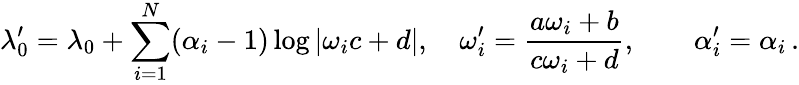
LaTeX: \lambda_{0}^{\prime}=\lambda_{0}+\sum_{i=1}^{N}(\alpha_{i}-1)\log|\omega_{i}c+d|,\quad\displaystyle\omega_{i}^{\prime}=\frac{a\omega_{i}+b}{c\omega_{i}+d},\qquad\alpha_{i}^{\prime}=\alpha_{i}\, .